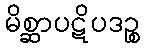
မိစ္ဆာပဋိပဒဉ္စ